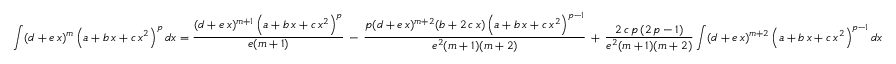
\int ( d + e \, x ) ^ { m } \left( a + b \, x + c \, x ^ { 2 } \right) ^ { p } d x = { \frac { ( d + e \, x ) ^ { m + 1 } \left( a + b \, x + c \, x ^ { 2 } \right) ^ { p } } { e ( m + 1 ) } } \, - \, { \frac { p ( d + e \, x ) ^ { m + 2 } ( b + 2 \, c \, x ) \left( a + b \, x + c \, x ^ { 2 } \right) ^ { p - 1 } } { e ^ { 2 } ( m + 1 ) ( m + 2 ) } } \, + \, { \frac { 2 \, c \, p \, ( 2 \, p - 1 ) } { e ^ { 2 } ( m + 1 ) ( m + 2 ) } } \int ( d + e \, x ) ^ { m + 2 } \left( a + b \, x + c \, x ^ { 2 } \right) ^ { p - 1 } d x